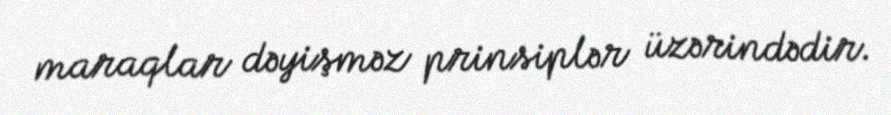
maraqlar dəyişməz prinsiplər üzərindədir.